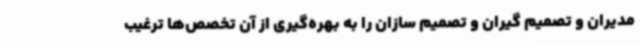
مدیران و تصمیم گیران و تصمیم سازان را به بهره‌گیری از آن تخصص‌ها ترغیب